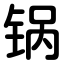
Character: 锅